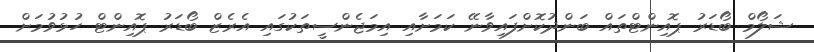
ޝަލޯމް ބޯޑަރު ޕޮއިންޓްތައް ބަންދުކޮށްފައިވާނޭ ކަމަށާއި އިމަޖެންސީތަކުގައި އެރެޒް ބޯޑަރު ޕޮއިންޓް ހުޅުވުމަށް